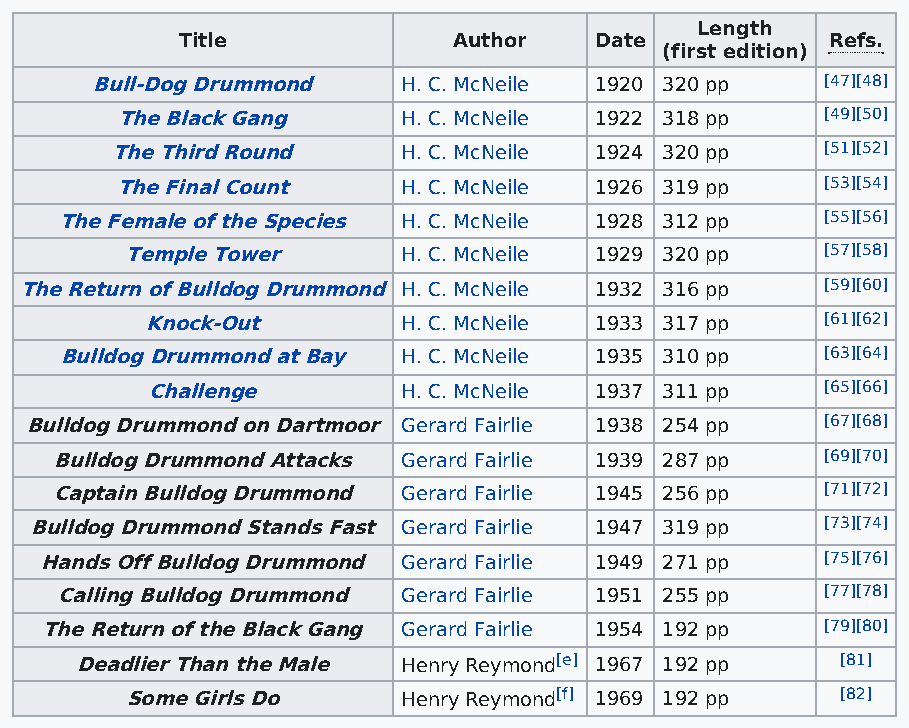
Length
 Title             Author   Date            Refs.
 (first edition)
 Bull-Dog Drummond    H. C. McNeile 1920 320 pp   [47][48]
 The Black Gang     H. C. McNeile 1922 318 pp   [49][50]
 The Third Round     H. C. McNeile 1924 320 pp   [51][52]
 The Final Count    H. C. McNeile 1926 319 pp   [53][54]
 The Female of the Species H. C. McNeile 1928 312 pp [55][56]
 Temple Tower       H. C. McNeile 1929 320 pp   [57][58]
 The Return of Bulldog Drummond H. C. McNeile 1932 316 pp [59][60]
 Knock-Out        H. C. McNeile 1933 317 pp   [61][62]
 Bulldog Drummond at Bay H. C. McNeile 1935 310 pp  [63][64]
 Challenge        H. C. McNeile 1937 311 pp   [65][66]
 Bulldog Drummond on Dartmoor Gerard Fairlie 1938 254 pp [67][68]
 Bulldog Drummond Attacks Gerard Fairlie 1939 287 pp [69][70]
 Captain Bulldog Drummond Gerard Fairlie 1945 256 pp [71][72]
 Bulldog Drummond Stands Fast Gerard Fairlie 1947 319 pp [73][74]
 Hands Off Bulldog Drummond Gerard Fairlie 1949 271 pp [75][76]
 Calling Bulldog Drummond Gerard Fairlie 1951 255 pp [77][78]
 The Return of the Black Gang Gerard Fairlie 1954 192 pp [79][80]
 Deadlier Than the Male Henry Reymond[e] 1967 192 pp [81]
 Some Girls Do      Henry Reymond[f] 1969 192 pp [82]